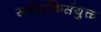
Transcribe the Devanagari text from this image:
सर्वशक्तिसंयुक्त